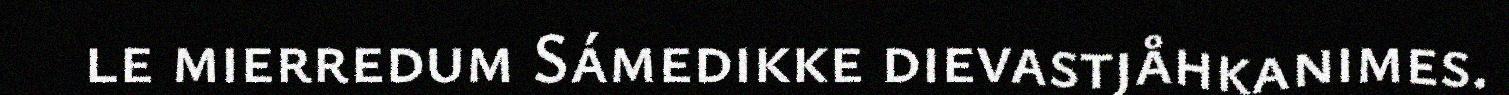
le mierredum Sámedikke dievastjåhkanimes.